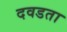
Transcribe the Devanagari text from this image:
दवडता